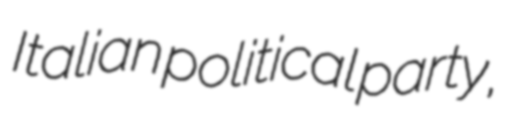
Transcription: Italian political party,